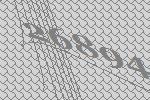
26894